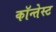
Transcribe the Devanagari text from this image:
कॉन्तेस्ट